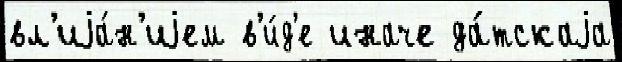
вл'иjа́н'иjем в'и́д'е иначе да́тскаjа